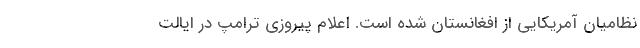
نظامیان آمریکایی از افغانستان شده است. اعلام پیروزی ترامپ در ایالت